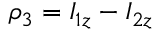
\rho _ { 3 } = I _ { 1 z } - I _ { 2 z }